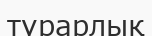
түрарлық